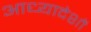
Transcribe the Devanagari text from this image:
आध्यादेशों